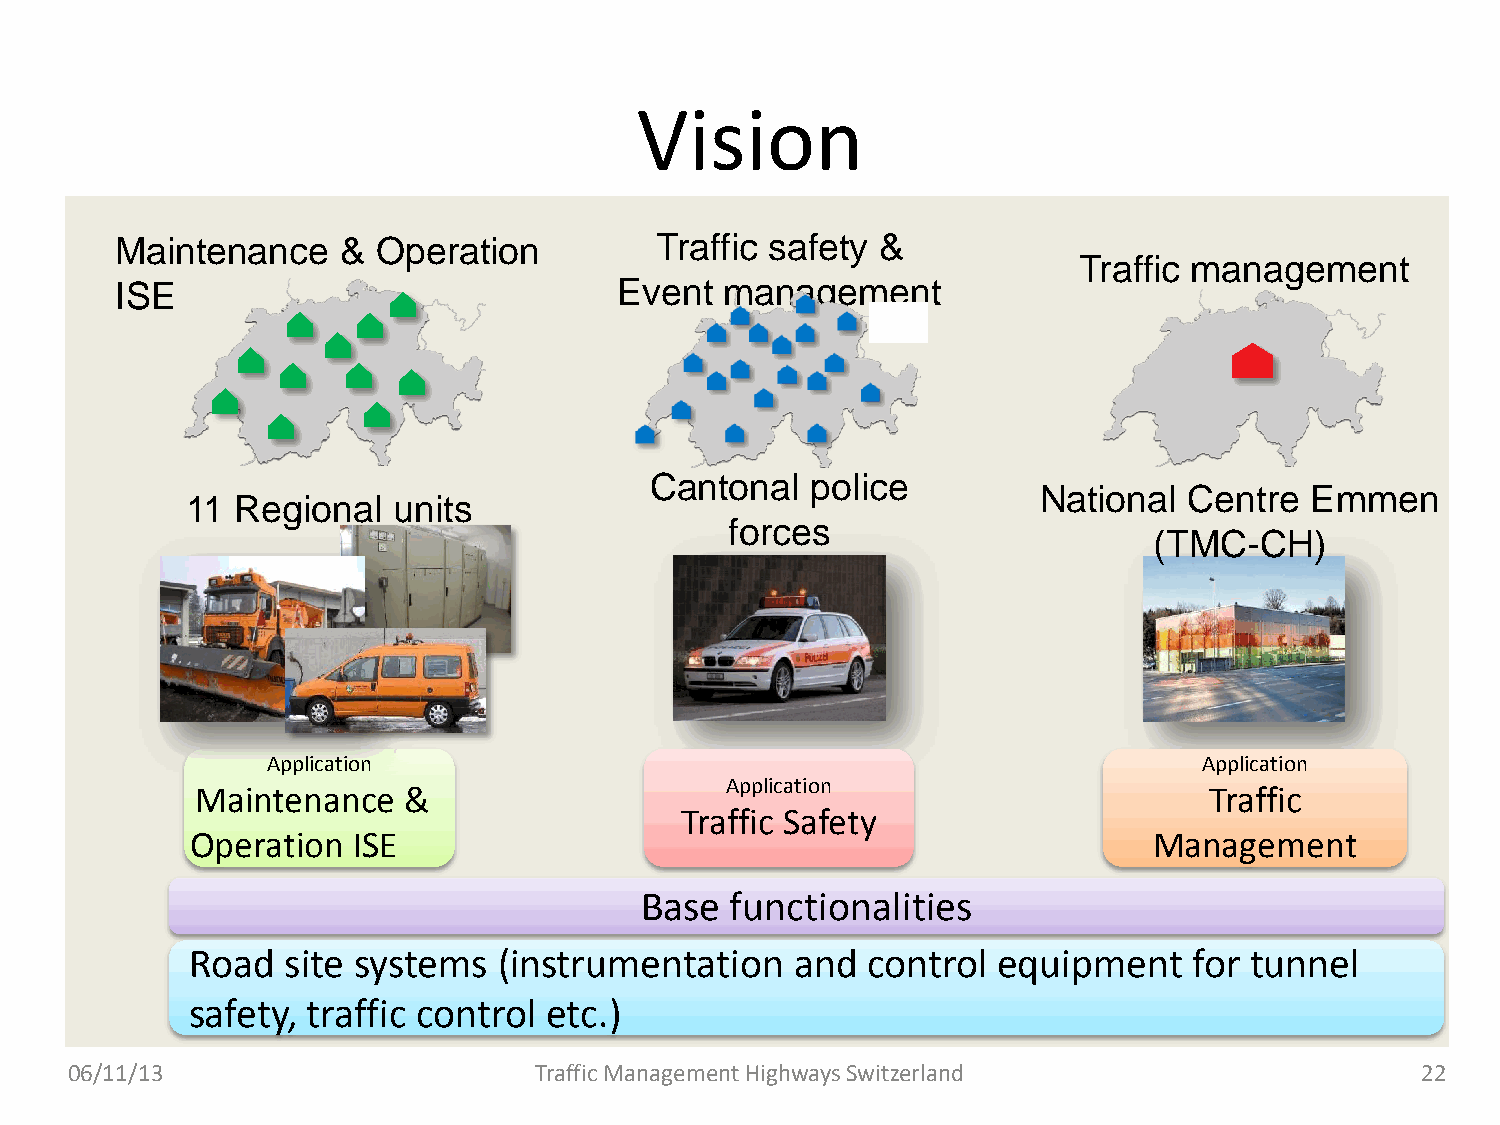
Vision
 Maintenance    & Operation         Traffic safety &
 Traffic management
 ISE                              Event  management
 Cantonal   police
 National  Centre  Emmen
 11  Regional  units
 forces
 (TMC-CH)
 Application                                                   Application
 Application
 Maintenance   &                                                    Traffic
 Traffic Safety
 Operation ISE                                                  Management
 Base  functionalities
 Road  site systems  (instrumentation    and control  equipment    for tunnel
 safety, traffic control etc.)
 06/11/13                      Traffic Management Highways Switzerland                    22